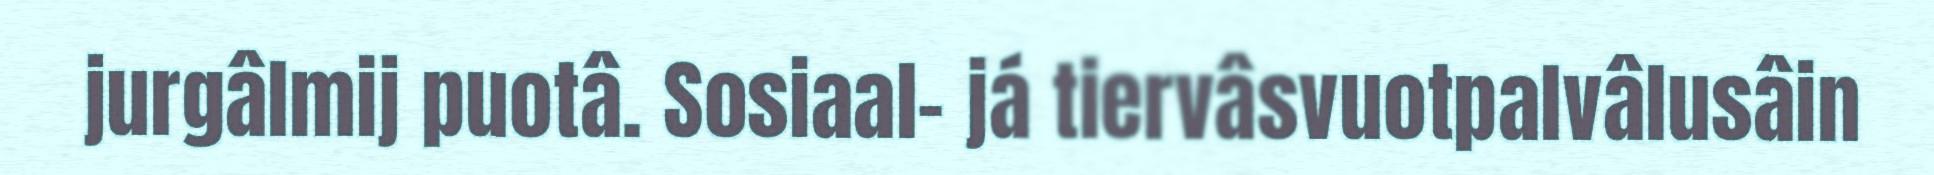
jurgâlmij puotâ. Sosiaal- já tiervâsvuotpalvâlusâin